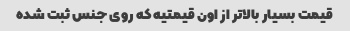
قیمت بسیار بالاتر از اون قیمتیه که روی جنس ثبت شده